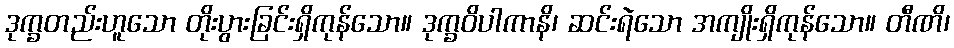
ဒုက္ခတည်းဟူသော တိုးပွားခြင်းရှိကုန်သော။ ဒုက္ခဝိပါကာနိ၊ ဆင်းရဲသော အကျိုးရှိကုန်သော။ တီဏိ၊